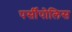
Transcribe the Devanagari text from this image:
पर्सीपोलिस